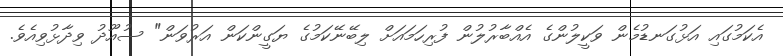
އެކަމުގައި އަޅުގަނޑުމެން ވަކީލުންގެ އެއްބާރުލުން ފުރިހަމައަށް ލިބޭނޭކަމުގެ ޔަގީންކަން އަރުވަން" ސުއޫދު ވިދާޅުވިއެވެ.